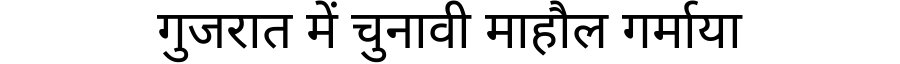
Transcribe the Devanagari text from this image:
गुजरात में चुनावी माहौल गर्माया